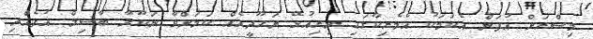
މިސްރަށް އުފަން އެކަމަކު އެމެރިކާގައި ދިރިއުޅޭ ޔަހޫދީއެއް ކަމަށްވާ ނަކޫލާ ބާސިލް އުފެއްދި